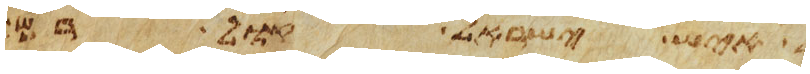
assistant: איש ישראל קול